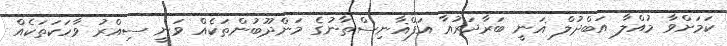
ކަމަށްވާ މުއްލާ އަބްދުލް ޣަނީ ބަރާދަރުއާ އަފްޣާނިސްތާނުގެ މަންދޫބުންތަކެއް ވަނީ ސިއްރު ވާހަކަތަކެއް